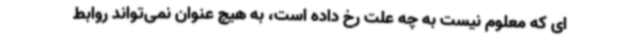
ای که معلوم نیست به چه علت رخ داده است، به هیچ عنوان نمی‌تواند روابط